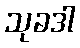
သုခဒါ